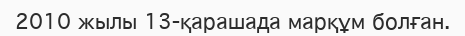
2010 жылы 13-қарашада марқұм болған.